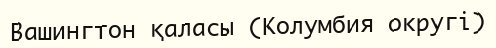
Вашингтон қаласы (Колумбия округі)